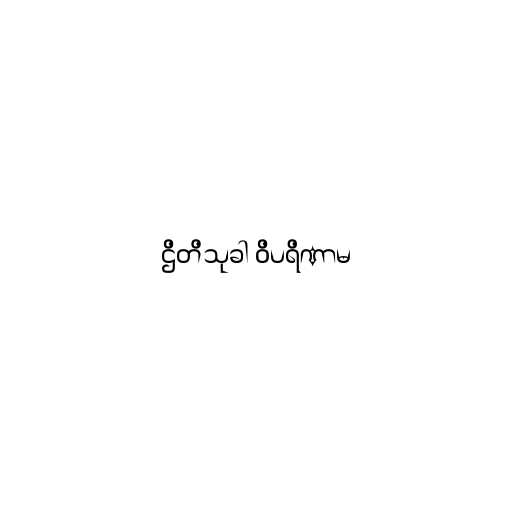
ဌိတိသုခါ ဝိပရိဏာမ